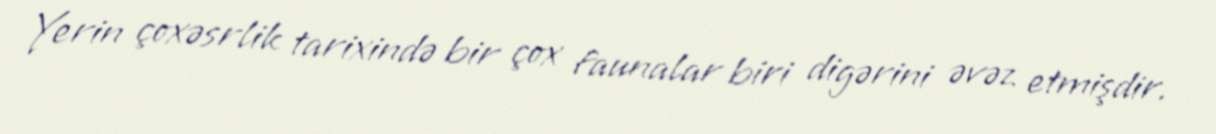
Yerin çoxəsrlik tarixində bir çox faunalar biri digərini əvəz etmişdir.